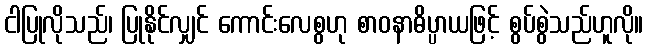
ငါပြုလိုသည်၊ ပြုနိုင်လျှင် ကောင်းလေစွဟု စာဝနာဓိပ္ပာယဖြင့် စွပ်စွဲသည်ဟူလို။